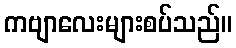
ကဗျာလေးများစပ်သည်။